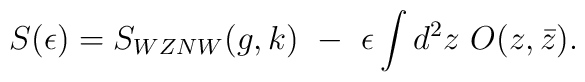
S(\epsilon)=S_{WZNW}(g,k)~-~\epsilon\int d^2z~O(z,\bar z).